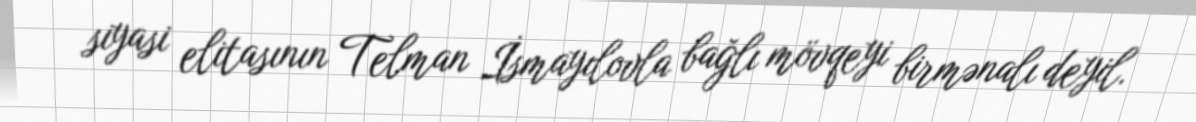
siyasi elitasının Telman İsmayılovla bağlı mövqeyi birmənalı deyil.